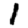
Digit: 1